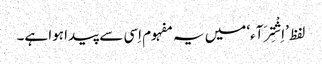
لفظ ’اِشْتِرَآء‘ میں یہ مفہوم اِسی سے پیدا ہوا ہے۔